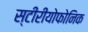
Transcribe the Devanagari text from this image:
स्टीरीयोफोनिक